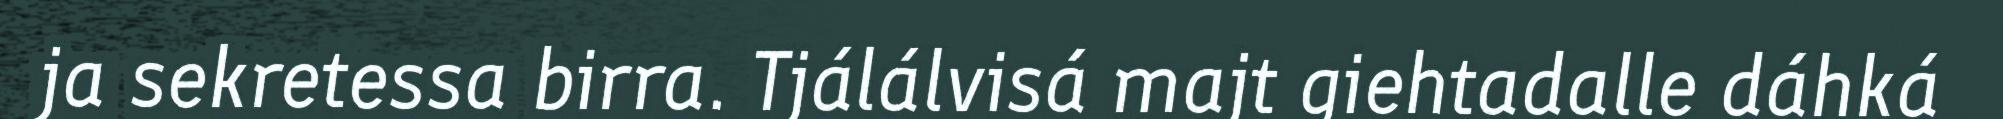
ja sekretessa birra. Tjálálvisá majt giehtadalle dáhká